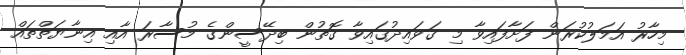
މިހާރު އަމަލުކުރަން ފަށާފައިވާ މި ގަވައިދުގައިވާ ގޮތުން ބިދޭސީންގެ މުސާރަ އާއި އިނާޔަތްތައް